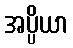
အပ္ပိယာ